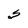
Character: S